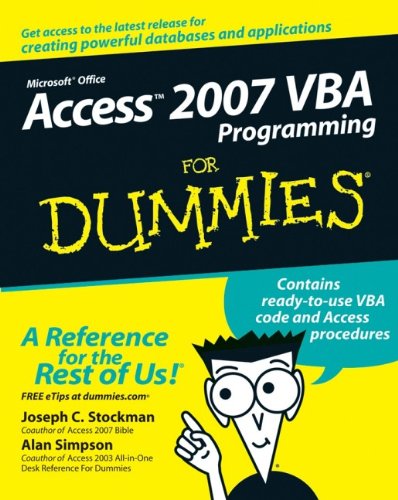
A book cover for Access 2007 VBA Programming For Dummies; Joseph C. Stockman; Computers & Technology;